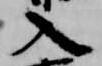
入